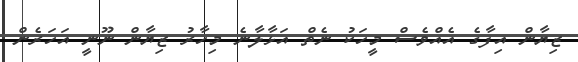
ޒިޔާން އިފާގެ އެއްވެސް މީހަކު ނެތް އަޅާލާނެ މިހާރު ޒިޔާން ނޫނީ އަހަރެން